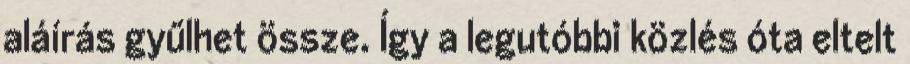
aláírás gyűlhet össze. Így a legutóbbi közlés óta eltelt